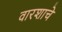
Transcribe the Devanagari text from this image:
वारशाचे